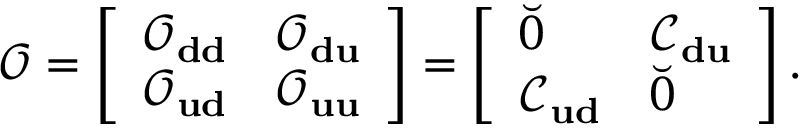
\mathcal { O } = \left[ \begin{array} { l l } { \mathcal { O } _ { \bf d d } } & { \mathcal { O } _ { \bf d u } } \\ { \mathcal { O } _ { \bf u d } } & { \mathcal { O } _ { \bf u u } } \end{array} \right] = \left[ \begin{array} { l l } { \breve { 0 } } & { \mathcal { C } _ { \bf d u } } \\ { \mathcal { C } _ { \bf u d } } & { \breve { 0 } } \end{array} \right] .